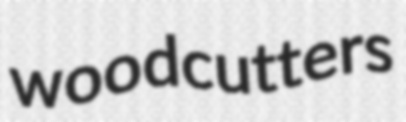
woodcutters